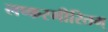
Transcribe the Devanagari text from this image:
लष्करमीरितम्